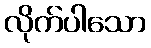
လိုက်ပါသော